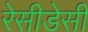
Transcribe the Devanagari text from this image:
रेसीडेसी